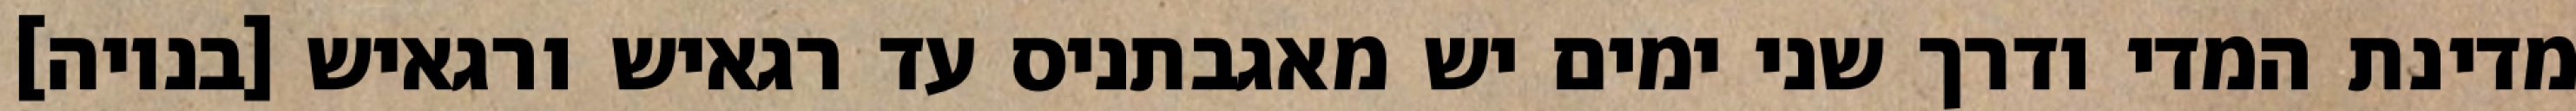
מדינת המדי ודרך שני ימים יש מאגבתניס עד רגאיש ורגאיש [בנויה]